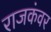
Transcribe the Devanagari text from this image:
राजकंवर